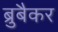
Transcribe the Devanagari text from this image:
ब्रुबैकर